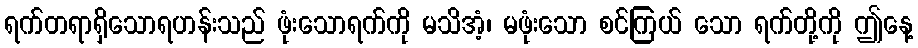
ရက်တရာရှိသောရဟန်းသည် ဖုံးသောရက်ကို မသိအံ့၊ မဖုံးသော စင်ကြယ် သော ရက်တို့ကို ဤနေ့